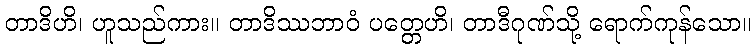
တာဒိဟိ၊ ဟူသည်ကား။ တာဒိဿဘာဝံ ပတ္တေဟိ၊ တာဒီဂုဏ်သို့ ရောက်ကုန်သော။